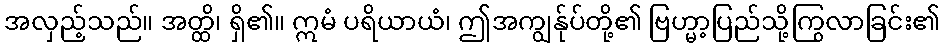
အလှည့်သည်။ အတ္ထိ၊ ရှိ၏။ ဣမံ ပရိယာယံ၊ ဤအကျွန်ုပ်တို့၏ ဗြဟ္မာ့ပြည်သို့ကြွလာခြင်း၏